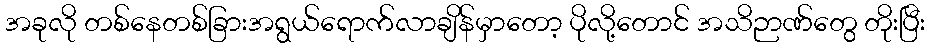
အခုလို တစ်နေတစ်ခြားအရွယ်ရောက်လာချိန်မှာတော့ ပိုလို့တောင် အသိဉာဏ်တွေ တိုးပြီး